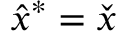
{ \hat { x } } ^ { * } = { \check { x } }